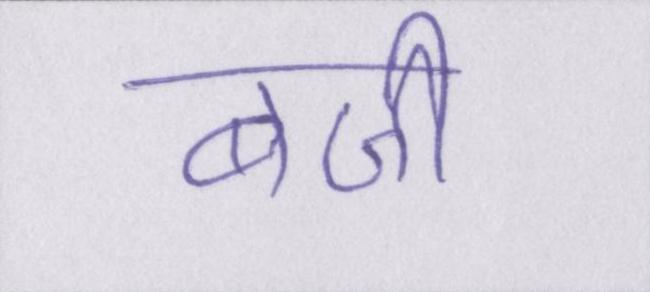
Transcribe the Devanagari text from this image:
बजी।